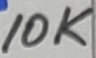
Text: 10K